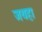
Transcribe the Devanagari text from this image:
जयहा